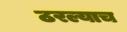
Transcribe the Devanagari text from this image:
ठरल्याच